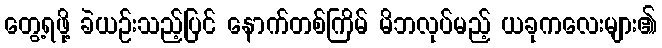
တွေ့ရဖို့ ခဲယဉ်းသည့်ပြင် နောက်တစ်ကြိမ် မိဘလုပ်မည့် ယခုကလေးများ၏